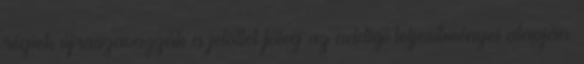
régiek újraszavazzák a jelöltet főleg az addigi teljesítményei alapján.